Leaving Certificate Examination, 1905
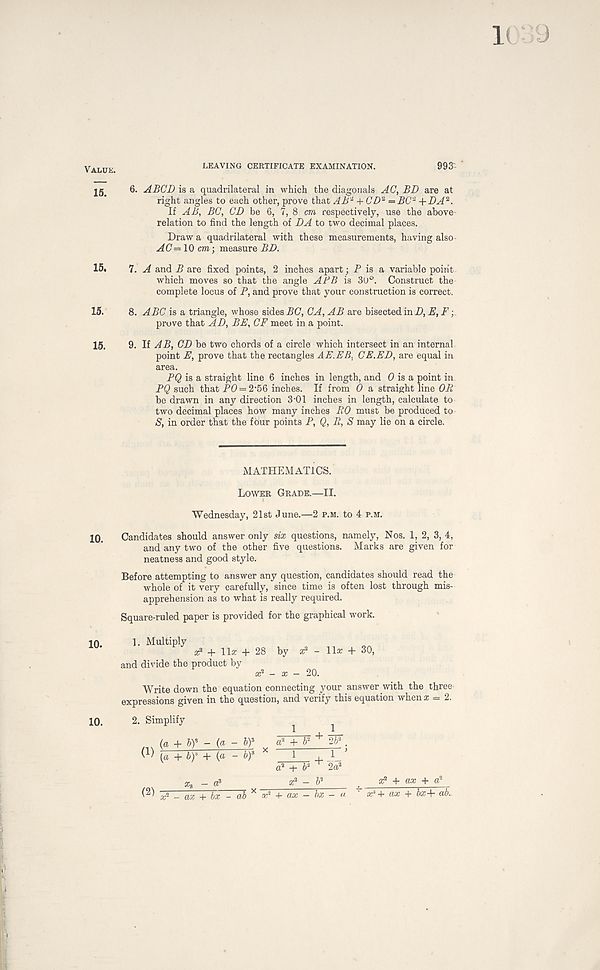
Value.
LEAVING CERTIFICATE EXAMINATION.
993'
6. ABCD is a quadrilateral in which the diagonals AC, BD are at
right angles to each other, prove that AB~ + CD 2 =BC 2 +DA 2 .
If AB, BC, CD be 6, 7, 8 cm respectively, use the above
relation to find the length of DA to two decimal places.
Draw a quadrilateral with these measurements, having also
AC= 10 cm • , measure BD.
15* 7. A and B are fixed points, 2 inches apart; P is a variable point
which moves so that the angle ABB is 30°. Construct the
complete locus of P, and prove that your construction is correct.
15. 8. ABC is a triangle, whose sides BC, CA, AB are bisected in D,E,F ;
prove that AD, BE, CF meet in a point.
15. 9. If AB, CD be two chords of a circle which intersect in an internal
point E, prove that the rectangles AE.EB, CE.ED, are equal in
area.
PQ is a straight line 6 inches in length, and (9 is a point in
PQ such that PO = 2 , 56 inches. If from 0 a straight line OB,
be drawn in any direction 3-01 inches in length, calculate to
two decimal places how many inches R0 must be produced to
S, in order that the four points P, Q, R, S may lie on a circle.
:
MATHEMATICS.
Lower Grade.—II.
Wednesday, 21st June.—2 p.m. to 4 p.m.
10. Candidates should answer only six questions, namely, Nos. 1, 2, 3, 4,
and any two of the other five questions. Marks are given for
neatness and good style.
Before attempting to answer any question, candidates should read the
whole of it very carefully, since time is often lost through mis-
apprehension as to what is really required.
Square-ruled paper is provided for the graphical work.
1. Multiply x* + Ux + i
and divide the product by
by x* - \\x + 30,
Write down the equation connecting your answer with the three
expressions given in the question, and verify this equation when a: = 2.
2. Simplify
^
^
(a + tif - {a - b) 3 a 2 4- b' 1 + 2b 2
' ^ (a + by + — by
(2)
i + b 2 2a 2
x 2 - b 2
x 2 - ax + bx - c
‘ x: 2 + ax + bx+ ab-